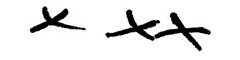
xxx